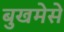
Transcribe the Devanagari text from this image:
बुखमेसे